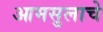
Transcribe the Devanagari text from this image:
आमसुलाचे